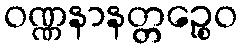
ဝဏ္ဏနာနတ္တဉ္စေဝ